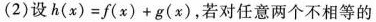
(2)设$$h ( x ) = f ( x ) + g ( x )$$，若对任意两个不相等的